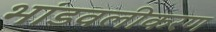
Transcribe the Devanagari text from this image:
भांडवलीकरण